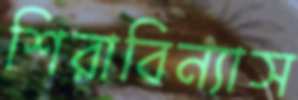
শিরাবিন্যাস